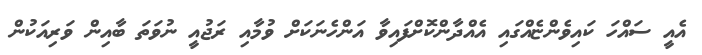
އެއީ ސައްހަ ކައިވެންޏެއްގައި އެއްދާންކޮށްފައިވާ އަންހެނަކަށް ވުމާއި ރަޖުއީ ނުވަތަ ބާއިން ވަރިއަކުން